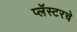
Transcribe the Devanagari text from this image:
प्लॅस्टरचे